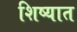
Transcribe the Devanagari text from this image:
शिष्यात